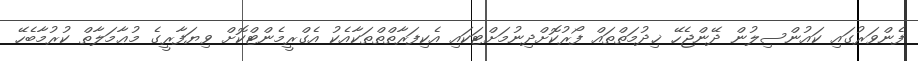
ފެންވަރުގައި ކައުންސިލުން ދޭންޖެހޭ ޚިދުމަތްތައް ފޯރުކޮށްދިނުމަށްޓަކައި އެކިފަރާތްތްތަކާއެކު އެގްރީމެންޓްކޮށް ވިޔަފާރީގެ މުޢާމަލާތް ކުރުމާބެހޭ